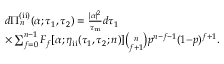
\begin{array} { r l } & { d \Pi _ { n } ^ { \mathrm { ( i i ) } } ( \alpha ; \tau _ { 1 } , \tau _ { 2 } ) = \frac { | \alpha | ^ { 2 } } { \tau _ { \mathrm { m } } } d \tau _ { 1 } } \\ & { \times \sum _ { f = 0 } ^ { n - 1 } F _ { f } [ \alpha ; \eta _ { \mathrm { i i } } ( \tau _ { 1 } , \tau _ { 2 } ; n ) ] \binom { n } { f + 1 } p ^ { n - f - 1 } ( 1 { - } p ) ^ { f + 1 } . } \end{array}